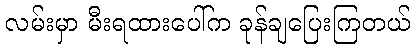
လမ်းမှာ မီးရထားပေါ်က ခုန်ချပြေးကြတယ်